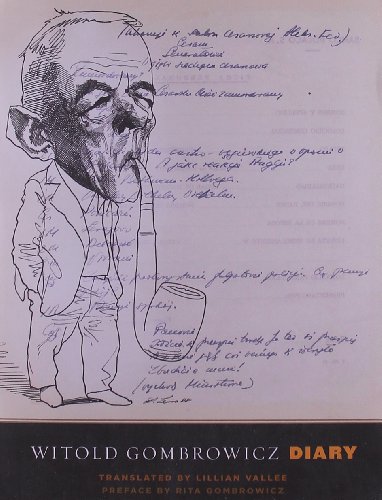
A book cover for Diary (The Margellos World Republic of Letters); Witold Gombrowicz; Literature & Fiction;